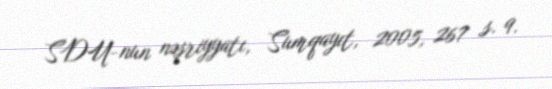
SDU-nun nəşriyyatı, Sumqayıt, 2005, 267 s. 9.